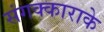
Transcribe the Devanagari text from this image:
संगक्काराके